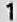
1